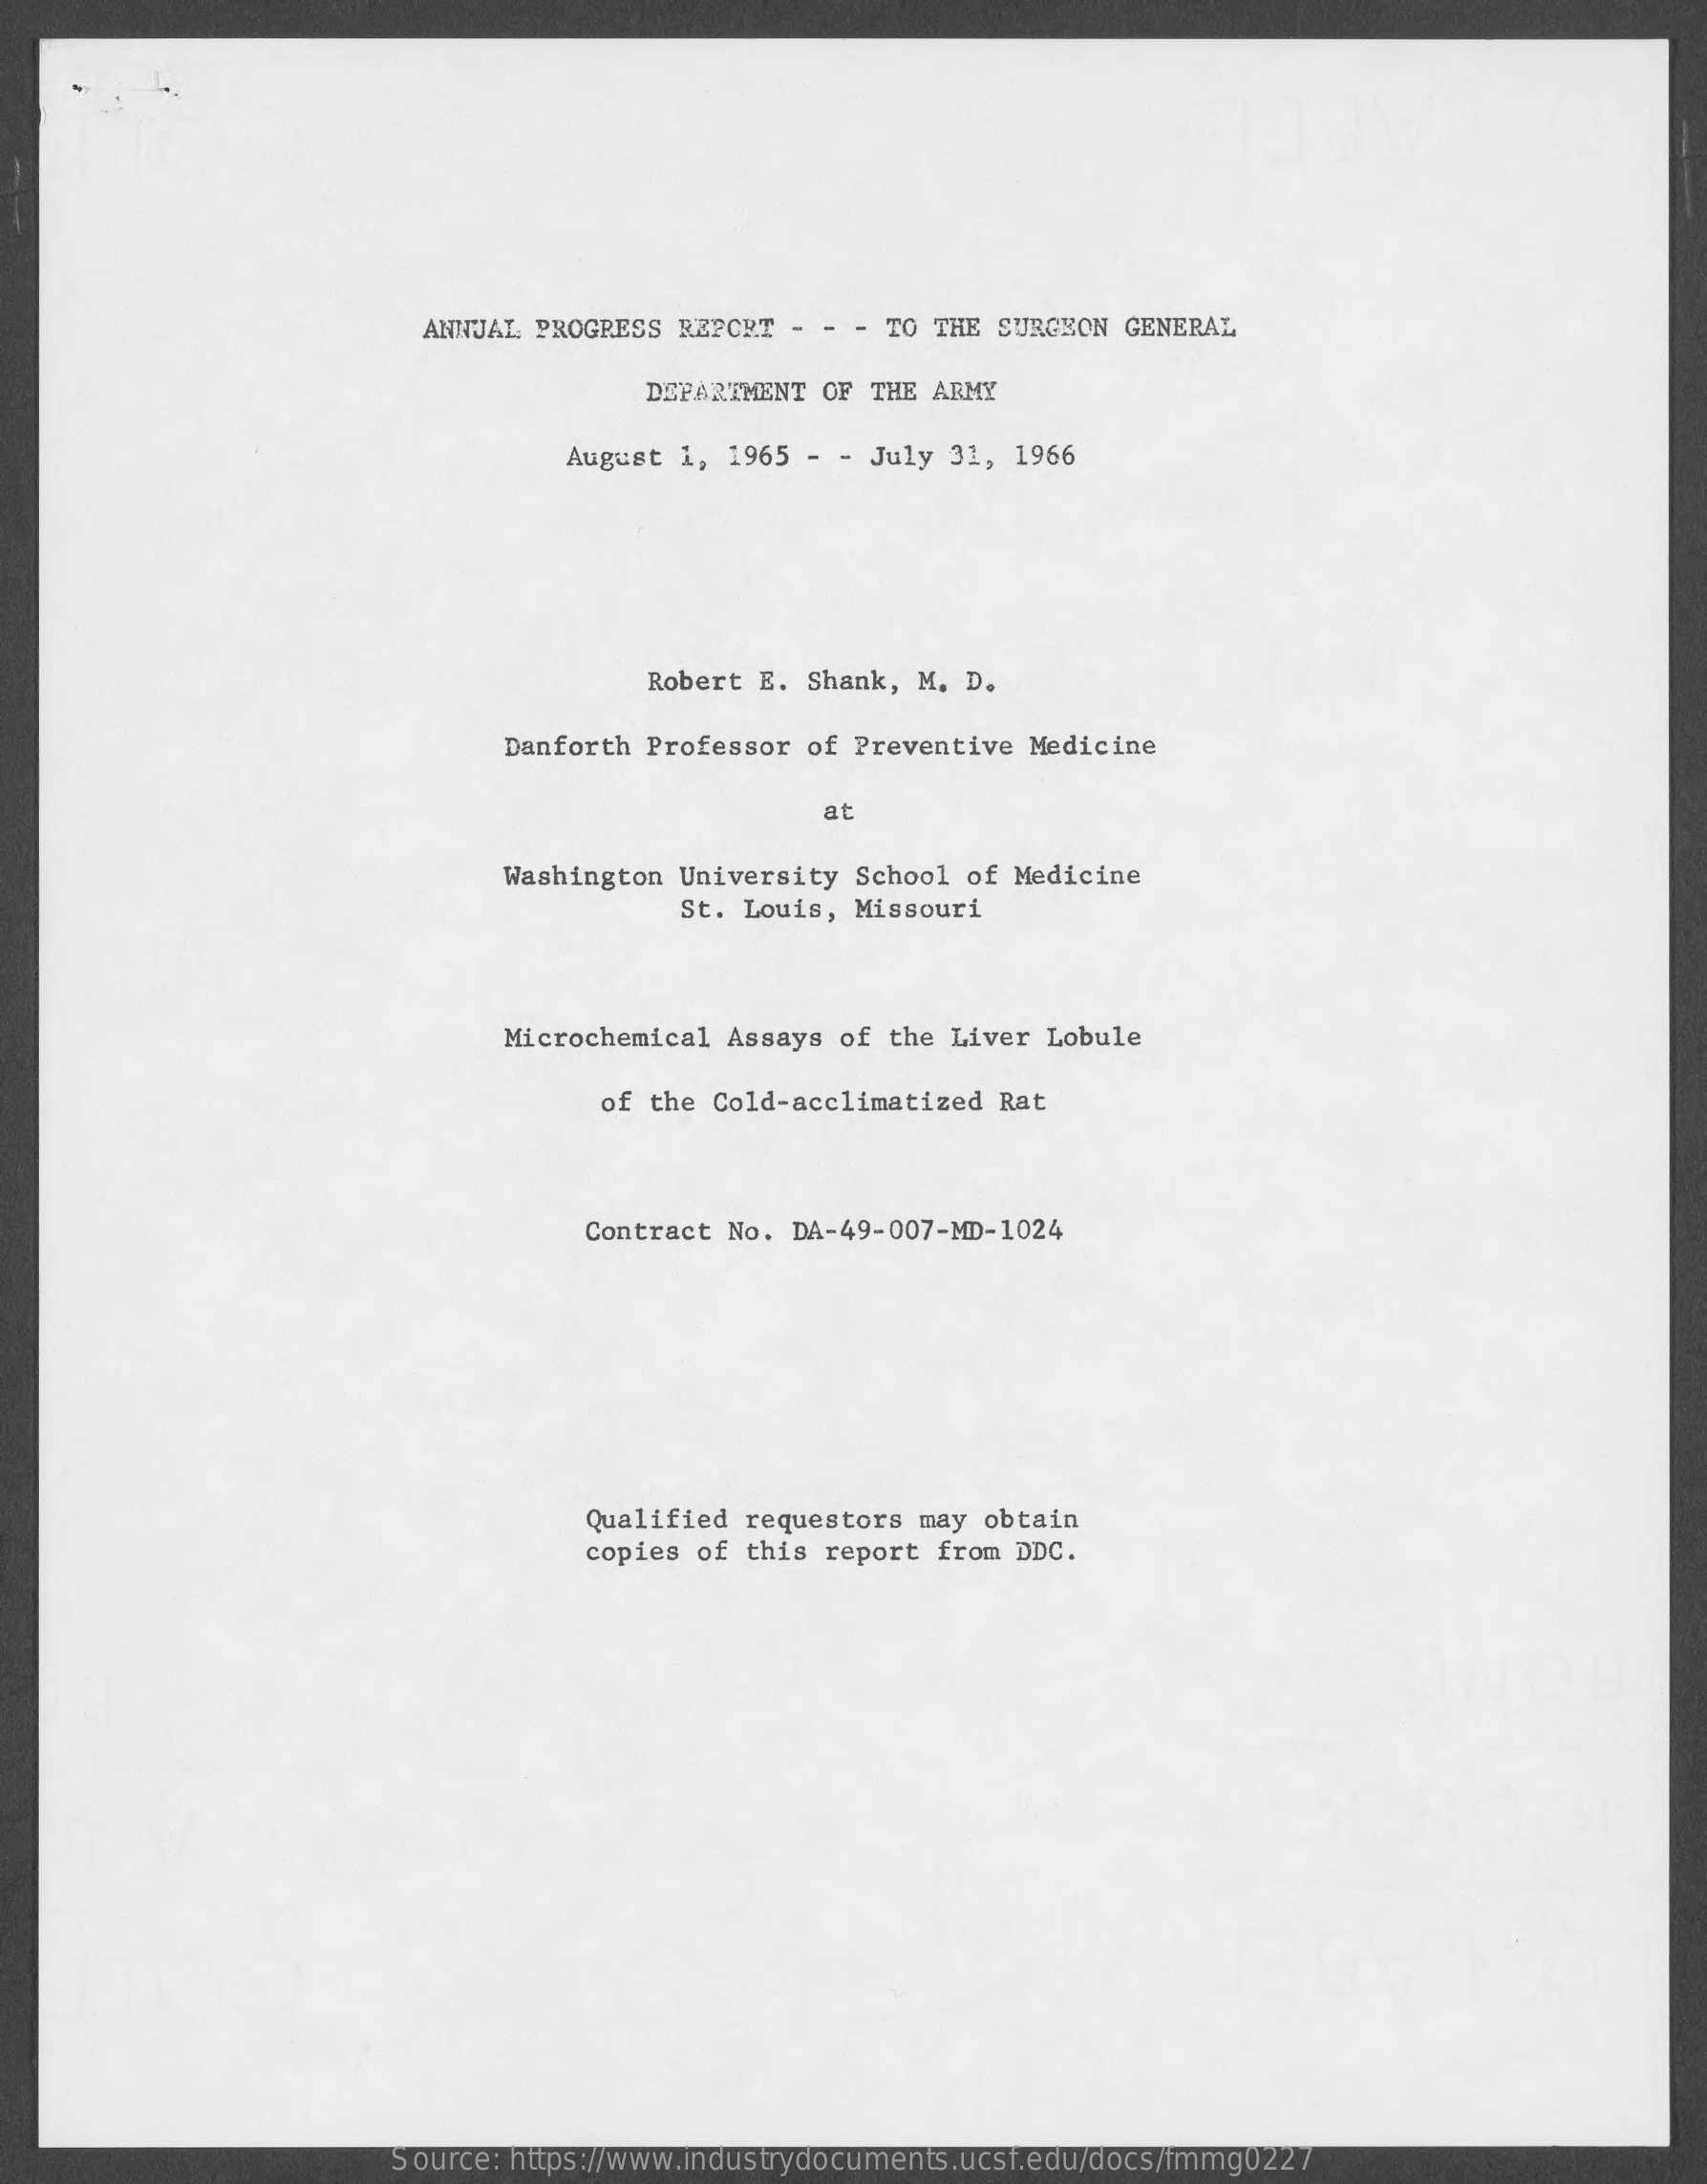
ANNJAL PROGRESS REPORT  - - - TO THE SURGEON GENERAL
     DEPARTMENT OF THE ARMY
     August 1, 1965 - - July 31, 1966
     Robert E. Shank, M. D.
     Danforth Professor of Preventive Medicine
     at
     Washington University  School of Medicine
     St. Louis, Missouri
     Microchemical  Assays of the Liver Lobule
     of the Cold-acclimatized Rat
     Contract No. DA-49-007-MD-1024
     Qualified requestors may obtain
     copies of this report from DDC.
     Source: https://www.industrydocuments.ucsf.edu/docs/fmmg0227